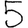
Digit: 5